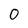
Character: 0